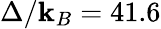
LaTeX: \Delta/\mathbf{k}_{B}=41.6